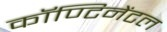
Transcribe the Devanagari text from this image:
कॉण्टिनेंटल